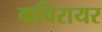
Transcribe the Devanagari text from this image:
कविरायर